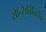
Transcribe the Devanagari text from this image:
सेन्सिबिलिटीझ